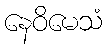
နေဝိမေသံ